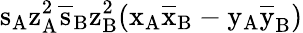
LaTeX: \mathrm{s_{A}\mathrm{z_{A}^{2}\mathrm{\overline{{s}}_{B}\mathrm{z_{B}^{2}(\mathrm{x_{A}\mathrm{\overline{{x}}_{B}-\mathrm{y_{A}\mathrm{\overline{{y}}_{B})}}}}}}}}